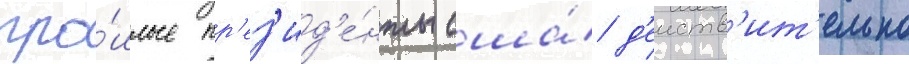
про́шлые пр'ез'ид'е́нты сша́ д'еиств'ит'ельно